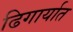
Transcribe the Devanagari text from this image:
ढिगार्यात